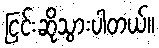
ငြင်းဆိုသွားပါတယ်။